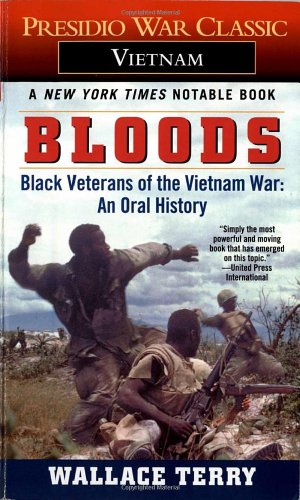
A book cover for Bloods: Black Veterans of the Vietnam War: An Oral History; Wallace Terry; Biographies & Memoirs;